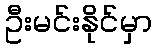
ဦးမင်းနိုင်မှာ